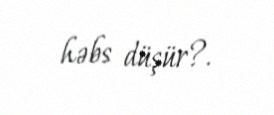
həbs düşür?.